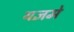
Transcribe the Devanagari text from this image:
यज्ञमे